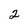
Character: 2